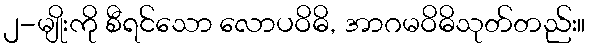
၂-မျိုးကို စီရင်သော လောပဝိဓိ, အာဂမဝိဓိသုတ်တည်း။